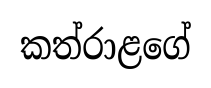
කත්රාළගේ